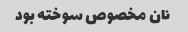
نان مخصوص سوخته بود